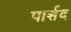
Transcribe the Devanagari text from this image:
पार्शद